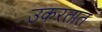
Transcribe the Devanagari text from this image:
उकरतात